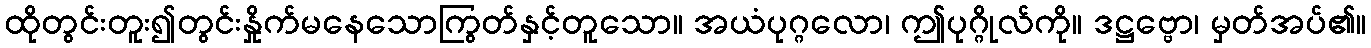
ထိုတွင်းတူး၍တွင်းနှိုက်မနေသောကြွတ်နှင့်တူသော။ အယံပုဂ္ဂလော၊ ဤပုဂ္ဂိုလ်ကို။ ဒဋ္ဌဗ္ဗော၊ မှတ်အပ်၏။